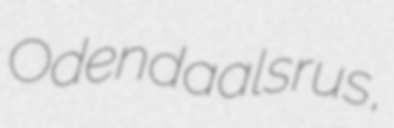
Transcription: Odendaalsrus,